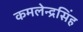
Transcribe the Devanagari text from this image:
कमलेन्द्रसिंह